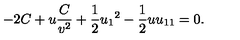
- 2 C + u \frac { C } { v ^ { 2 } } + \frac { 1 } { 2 } { u _ { 1 } } ^ { 2 } - \frac { 1 } { 2 } u u _ { 1 1 } = 0 .